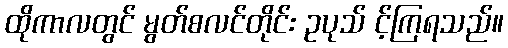
ထိုကာလတွင် မွတ်စလင်တိုင်း ဥပုသ် င့်ကြရသည်။